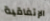
الإتفاقية